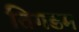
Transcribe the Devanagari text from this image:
तिगडम